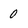
Character: 0